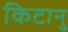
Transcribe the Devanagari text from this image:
किटानु